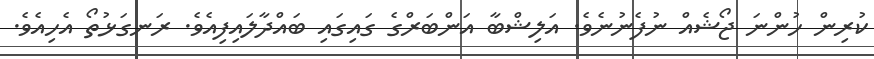
ކުރިން ހުންނަ ޖޯޝެއް ނުފެނުނެވެ. އަލިޝްބާ އަންބަރްގެ ގައިގައި ބައްދާލައިފިއެވެ. ރަނގަޅުތޯ އެހިއެވެ.